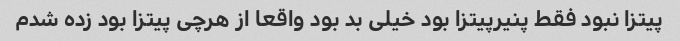
پیتزا نبود فقط پنیرپیتزا بود خیلی بد بود واقعا از هرچی پیتزا بود زده شدم